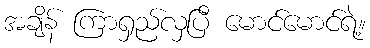
အချိန် ကြာရှည်လှပြီ မောင်မောင်ရဲ့။